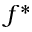
f ^ { * }